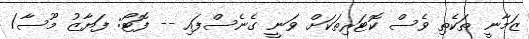
ޒަމާނީ ތަކެތި ވެސް ކޮޓަރިތަކަށް ވަނީ ގެނެސްފައި -- ފޮޓޯ: ފަޔާޒު މޫސާ/